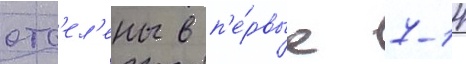
отс'ел'ены в п'е́рвые 7-14